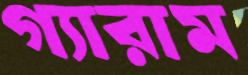
গ্যারাম